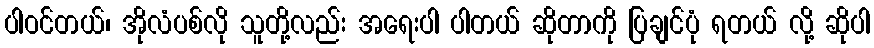
ပါဝင်တယ်၊ အိုလံပစ်လို သူတို့လည်း အရေးပါ ပါတယ် ဆိုတာကို ပြချင်ပုံ ရတယ် လို့ ဆိုပါ